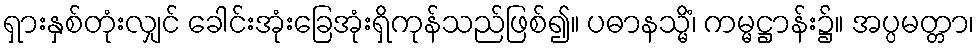
ရှားနှစ်တုံးလျှင် ခေါင်းအုံးခြေအုံးရှိကုန်သည်ဖြစ်၍။ ပဓာနသ္မိံ၊ ကမ္မဋ္ဌာန်း၌။ အပ္ပမတ္တာ၊